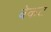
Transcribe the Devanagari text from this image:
बेकट